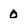
Character: o